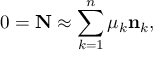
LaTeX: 0 = { \bf N } \approx \sum _ { k = 1 } ^ { n } \mu _ { k } { \bf n } _ { k } ,